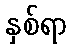
နှစ်ရာ